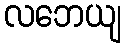
လဘေယျ